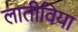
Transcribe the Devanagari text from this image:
लातीविया